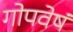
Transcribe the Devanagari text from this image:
गोपवेषं